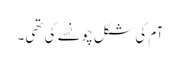
آم کی شکل چونسے کی تھی۔